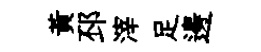
黃邳滓足邊